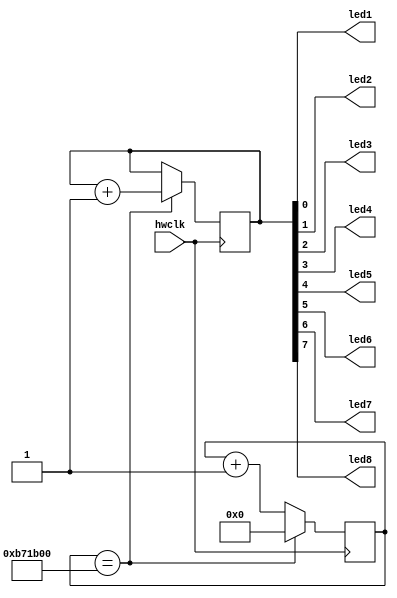
// Blink an LED provided an input clock
/* module */
module top (hwclk, led1, led2, led3, led4, led5, led6, led7, led8 );
    /* I/O */
    input hwclk;
    output led1;
    output led2;
    output led3;
    output led4;
    output led5;
    output led6;
    output led7;
    output led8;

    /* Counter register */
    reg [24:0] counter = 25'b0;
    reg [7:0] leds = 8'b0;

    /* LED drivers */
    assign led1 = leds[0];
    assign led2 = leds[1];
    assign led3 = leds[2];
    assign led4 = leds[3];
    assign led5 = leds[4];
    assign led6 = leds[5];
    assign led7 = leds[6];
    assign led8 = leds[7];

    /* always */
    always @ (posedge hwclk) begin
        counter <= counter + 1;
        	//12Mhz count, gives one second counter
        	//Since period of oscillator is 12Mhz, every clock rise
        	//is start of new period
        	if (counter == 12000000)
        	begin
        		leds <= leds +1;
        		counter <= 0;
        	end 
    end

endmodule